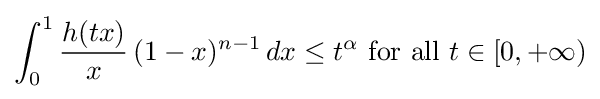
\int _{0}^{1}{\frac {h(tx)}{x}}\,(1-x)^{n-1}\,dx\leq t^{\alpha }{\text{ for all }}t\in [0,+\infty )